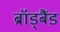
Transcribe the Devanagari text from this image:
ब्रॉड्बैंड